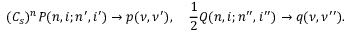
( C _ { s } ) ^ { n } P ( n , i ; n ^ { \prime } , i ^ { \prime } ) \to p ( \nu , \nu ^ { \prime } ) , ~ ~ ~ \frac { 1 } { 2 } Q ( n , i ; n ^ { \prime \prime } , i ^ { \prime \prime } ) \to q ( \nu , \nu ^ { \prime \prime } ) .